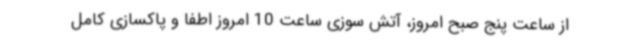
از ساعت پنج صبح امروز، آتش سوزی ساعت 10 امروز اطفا و پاکسازی کامل